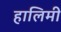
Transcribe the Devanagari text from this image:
हालिमी